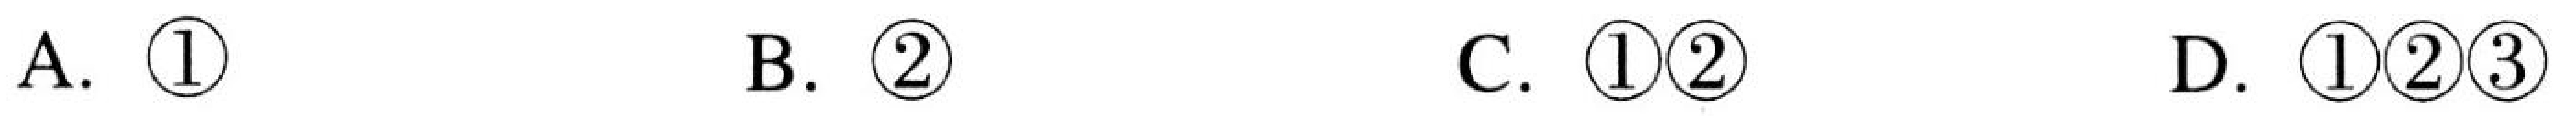
A.  \textcircled{1}  B.  \textcircled{2}  C.  \textcircled{1}\textcircled{2}  D.  \textcircled{1}\textcircled{2}\textcircled{3}